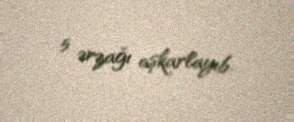
5 ərzağı aşkarlayıb.